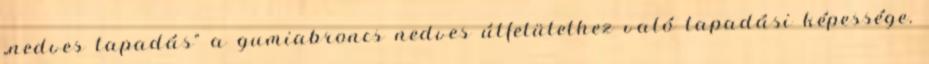
„nedves tapadás” a gumiabroncs nedves útfelülethez való tapadási képessége.